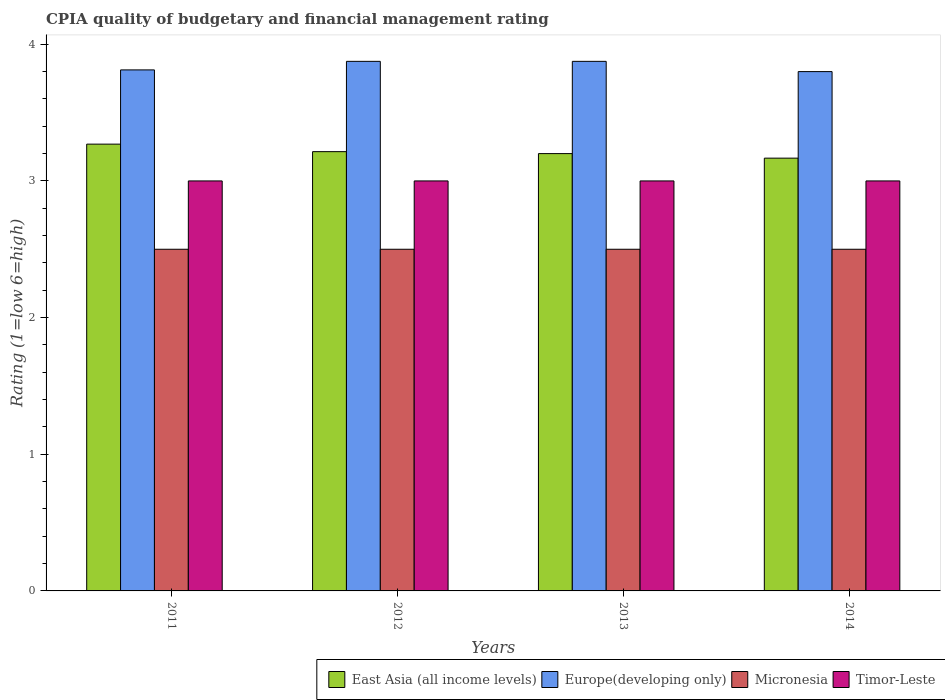
| Years | East Asia (all income levels) | Europe(developing only) | Micronesia | Timor-Leste |
 | --- | --- | --- | --- | --- |
 | 2011 | 3.27 | 3.81 | 2.5 | 3 |
 | 2012 | 3.21 | 3.88 | 2.5 | 3 |
 | 2013 | 3.2 | 3.88 | 2.5 | 3 |
 | 2014 | 3.17 | 3.8 | 2.5 | 3 |